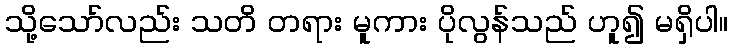
သို့သော်လည်း သတိ တရား မူကား ပိုလွန်သည် ဟူ၍ မရှိပါ။